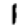
Digit: 1